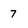
Character: 7